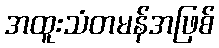
အထူးသံတမန်အဖြစ်